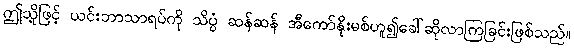
ဤသို့ဖြင့် ယင်းဘာသာရပ်ကို သိပ္ပံ ဆန်ဆန် အီကော်နိုးမစ်ဟူ၍ခေါ်ဆိုလာကြခြင်းဖြစ်သည်။